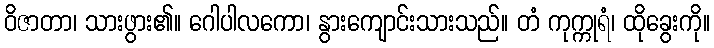
ဝိဇာတာ၊ သားဖွား၏။ ဂေါပါလကော၊ နွားကျောင်းသားသည်။ တံ ကုက္ကုရံ၊ ထိုခွေးကို။